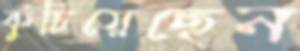
কুঁচিয়েছেন